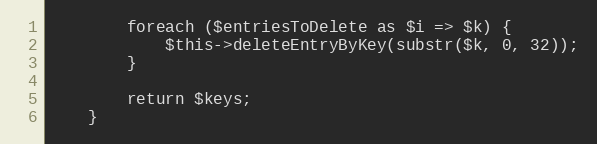
Language: PHP
        foreach ($entriesToDelete as $i => $k) {
            $this->deleteEntryByKey(substr($k, 0, 32));
        }

        return $keys;
    }